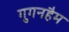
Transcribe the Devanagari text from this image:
गुगनहैम